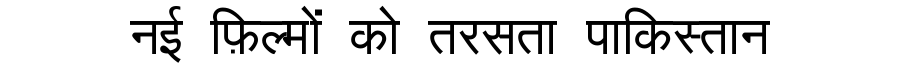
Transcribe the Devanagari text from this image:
नई फ़िल्मों को तरसता पाकिस्तान